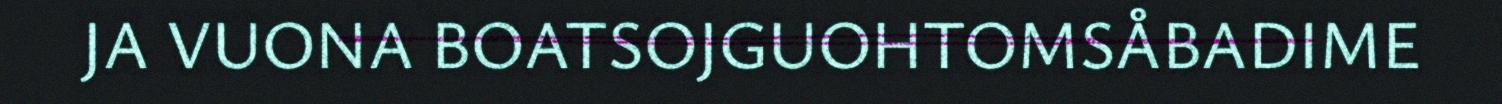
JA VUONA BOATSOJGUOHTOMSÅBADIME